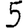
Digit: 5